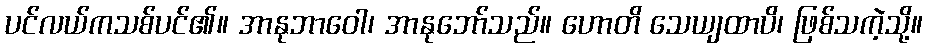
ပင်လယ်ကသစ်ပင်၏။ အာနုဘာဝေါ၊ အာနုဘော်သည်။ ဟောတိ သေယျထာပိ၊ ဖြစ်သကဲ့သို့။